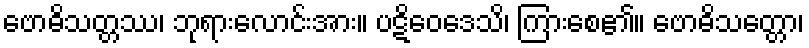
ဗောဓိသတ္တဿ၊ ဘုရားလောင်းအား။ ပဋိဝေဒေသိ၊ ကြားစေ၏။ ဗောဓိသတ္တော၊